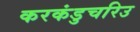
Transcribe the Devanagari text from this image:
करकंडुचरिउ